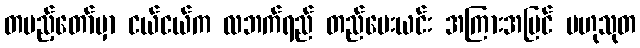
တပည့်တော်မှာ ငယ်ငယ်က လဘက်ရည် တည်ပေးယင်း အကြားအမြင် ဗဟုသုတ